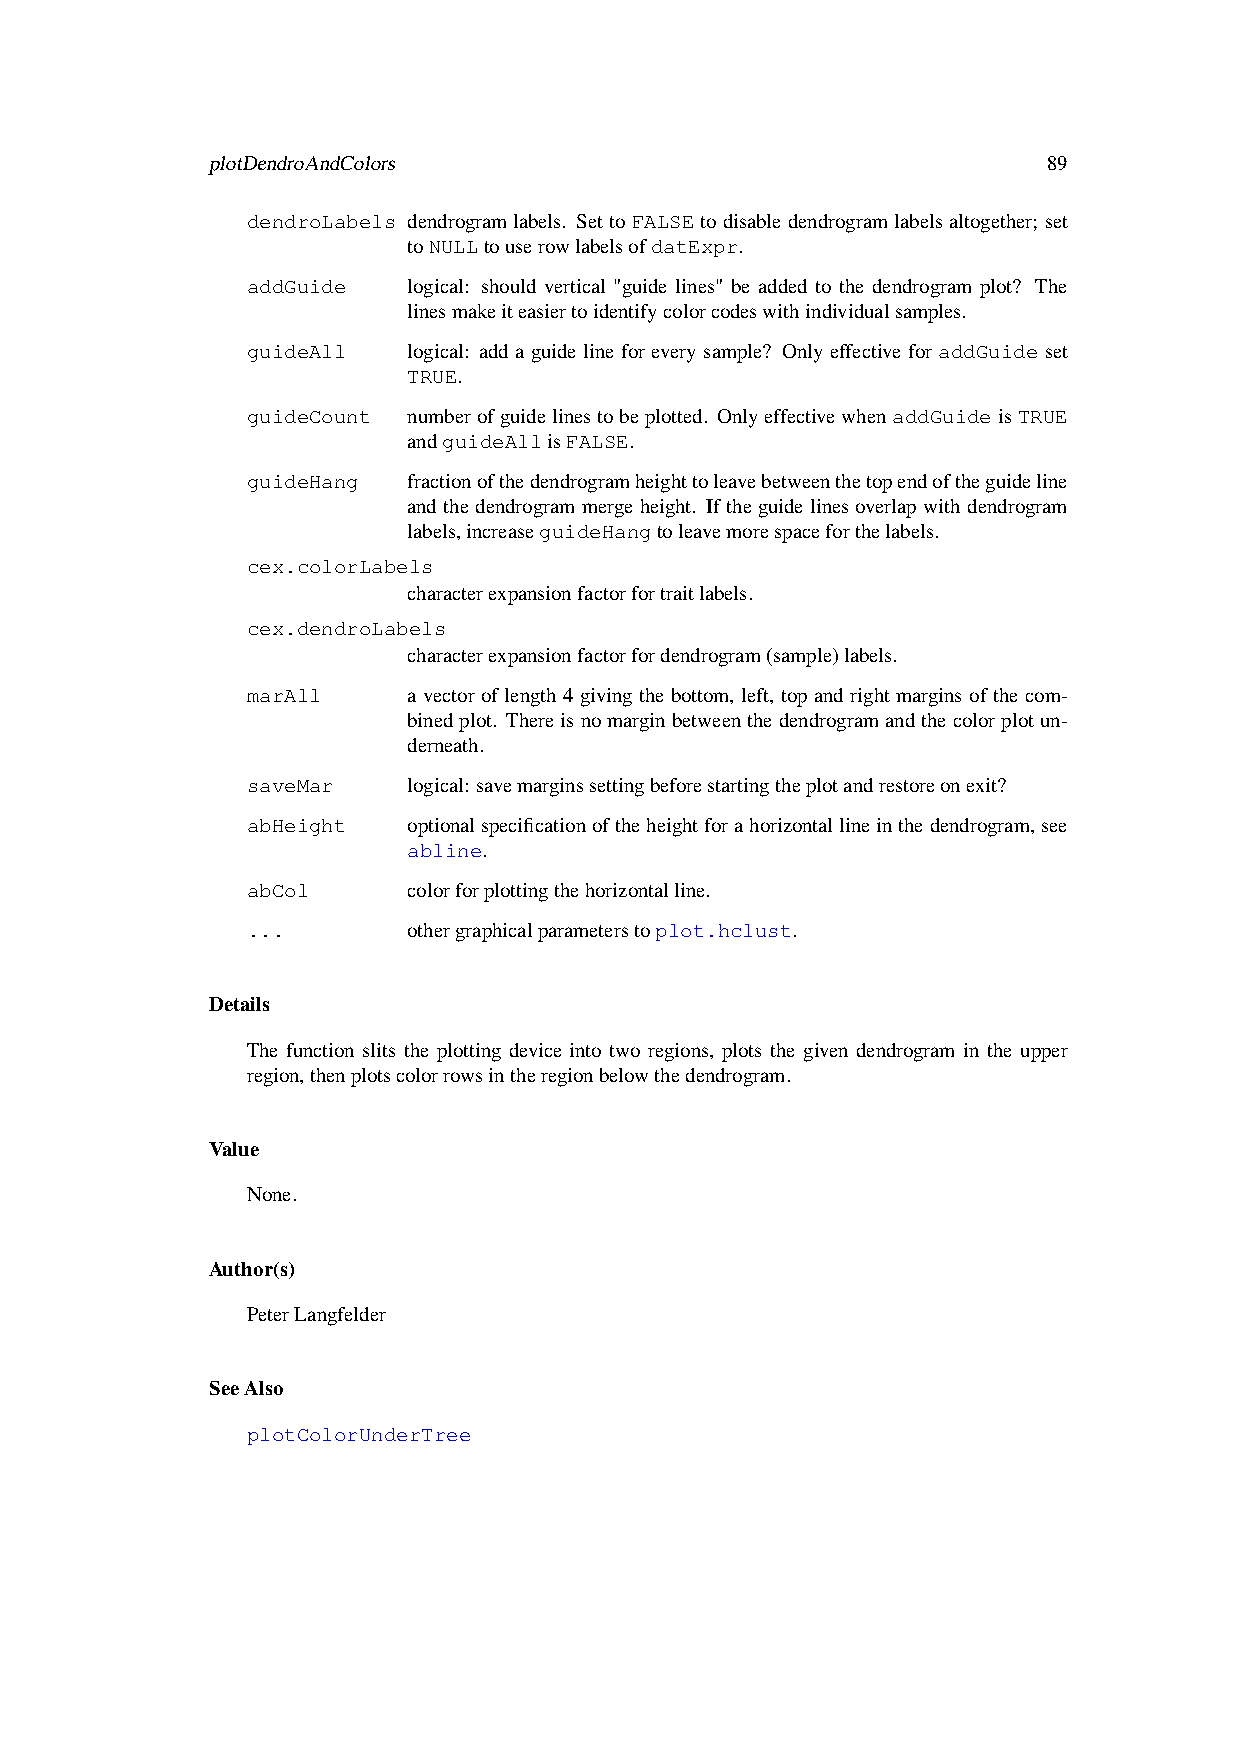
plotDendroAndColors                                    89
 dendroLabels dendrogramlabels. SettoFALSEtodisabledendrogramlabelsaltogether; set
 toNULLtouserowlabelsofdatExpr.
 addGuide   logical: should vertical "guide lines" be added to the dendrogram plot? The
 linesmakeiteasiertoidentifycolorcodeswithindividualsamples.
 guideAll   logical: add a guide line for every sample? Only effective for addGuide set
 TRUE.
 guideCount numberofguidelinestobeplotted. OnlyeffectivewhenaddGuideisTRUE
 andguideAllisFALSE.
 guideHang  fractionofthedendrogramheighttoleavebetweenthetopendoftheguideline
 and the dendrogram merge height. If the guide lines overlap with dendrogram
 labels,increaseguideHangtoleavemorespaceforthelabels.
 cex.colorLabels
 characterexpansionfactorfortraitlabels.
 cex.dendroLabels
 characterexpansionfactorfordendrogram(sample)labels.
 marAll     a vector of length 4 giving the bottom, left, top and right margins of the com-
 binedplot. Thereisnomarginbetweenthedendrogramandthecolorplotun-
 derneath.
 saveMar    logical: savemarginssettingbeforestartingtheplotandrestoreonexit?
 abHeight   optionalspecificationoftheheightforahorizontallineinthedendrogram,see
 abline.
 abCol      colorforplottingthehorizontalline.
 ...        othergraphicalparameterstoplot.hclust.
 Details
 The function slits the plotting device into two regions, plots the given dendrogram in the upper
 region,thenplotscolorrowsintheregionbelowthedendrogram.
 Value
 None.
 Author(s)
 PeterLangfelder
 SeeAlso
 plotColorUnderTree